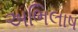
અભિલાષ